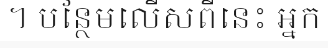
។ បន្ថែមលើសពីនេះ អ្នក